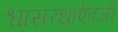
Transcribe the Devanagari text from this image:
श्वासरंध्राऐवजी